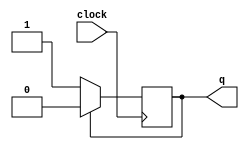
//um flip flop tipo t (toggle)
module exercicio(clock,q);

//entradas e saidas padro
input clock;
output reg q;

//variaveis intermedirias, entrdas do FF
reg s,c;

//come com Q = 0
initial begin
  q=0;
end

//ambiente always com um clock borda de descida
always@( negedge clock) begin
  
  //neste caso as saidas do FF so conectadas na entrada
  s = ~q;
  c = q;
  //comea a fazer a anlise de acordo com a tabela do FF tipo RS
  if(s == 0 & c == 0) begin
    q = q;
  end 

  if(s == 1 & c == 0) begin
    q = 1;
  end

  if(s == 0 & c == 1) begin
    q = 0;
  end
  if (s==1 & c==1)begin
    q=1'bx;
    end
end


endmodule